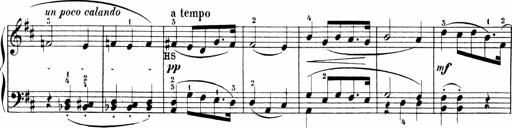
Title: 6 Sonatinas
Composer: Carl Reinecke